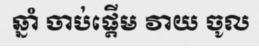
ឆ្នាំ ចាប់ផ្តើម វាយ ចូល